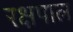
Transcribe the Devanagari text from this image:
रक्षपाल